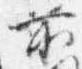
前